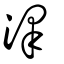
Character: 澤